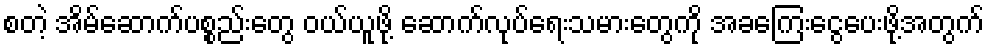
စတဲ့ အိမ်ဆောက်ပစ္စည်းတွေ ဝယ်ယူဖို့ ဆောက်လုပ်ရေးသမားတွေကို အခကြေးငွေပေးဖို့အတွက်